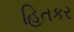
હિતકર